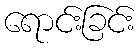
ရောင်းခြင်း